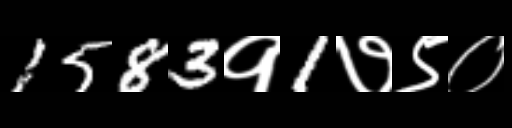
Text: 1583१1७९०